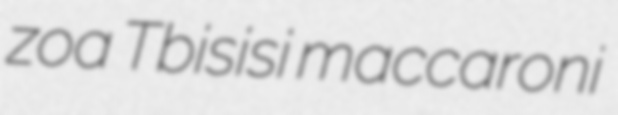
zoa Tbisisi maccaroni